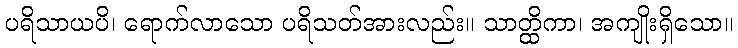
ပရိသာယပိ၊ ရောက်လာသော ပရိသတ်အားလည်း။ သာတ္ထိကာ၊ အကျိုးရှိသော။